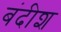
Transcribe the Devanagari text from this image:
बंदीश